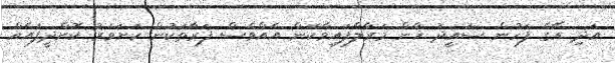
އަދި އޭގެ ފަހުން ސައީދު ޚާން މަރާލާފައިވާކަން އެއްވެސް ފަރާތަކުން ކަށަވަރު ކޮށްދީފައެއް